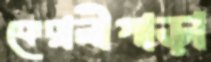
কেরানীপাড়া